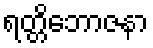
ရတ္တိဘောဇနာ